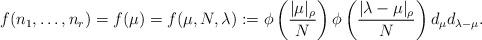
LaTeX: \begin{align*}f(n_1,\ldots,n_r)=f(\mu)=f(\mu,N,\lambda):=\phi\left(\frac{|\mu|_\rho}{N}\right)\phi\left(\frac{|\lambda-\mu|_\rho}{N}\right)d_{\mu}d_{\lambda-\mu}.\end{align*}